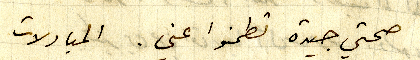
صحتي جيدة تطمنوا عني. المبادلات